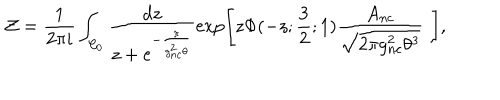
LaTeX: { \cal Z } = \frac { 1 } { 2 \pi i } \int _ { { \cal C } _ { 0 } } \frac { d z } { z + e ^ { - \frac { \pi } { g _ { n c } ^ { 2 } \theta } } } \exp \left[ z \Phi ( - z ; \frac { 3 } { 2 } ; 1 ) \frac { A _ { n c } } { \sqrt { 2 \pi g _ { n c } ^ { 2 } \theta ^ { 3 } } } \, \, \right] ,